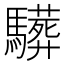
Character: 𩦦